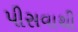
પીસવાથી